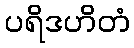
ပရိဒဟိတံ